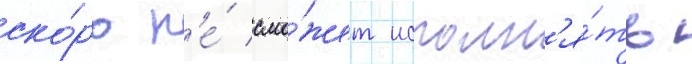
ско́ро н'е́ смо́жет исполн'я́ть